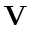
\mathbf { V }